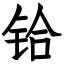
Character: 铪